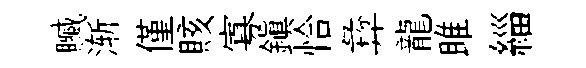
贓渐僅賅寡鎮恰彜龍雎緇